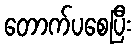
တောက်ပစေပြီး